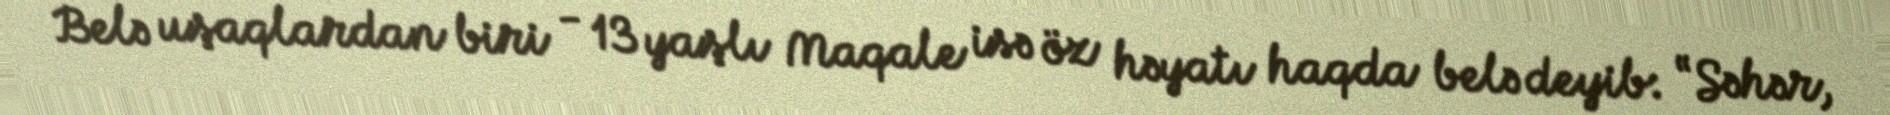
Belə uşaqlardan biri - 13 yaşlı Maqale isə öz həyatı haqda belə deyib: “Səhər,